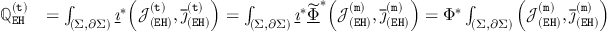
\begin{array} { r l } { \mathbb { Q } _ { \mathtt { E H } } ^ { \mathtt { ( t ) } } } & { = \int _ { ( \Sigma , \partial \Sigma ) } \underline { { \imath } } ^ { * } \Big ( \mathcal { J } _ { \mathtt { ( E H ) } } ^ { \mathtt { ( t ) } } , \overline { { \jmath } } _ { \mathtt { ( E H ) } } ^ { \mathtt { ( t ) } } \Big ) = \int _ { ( \Sigma , \partial \Sigma ) } \underline { { \imath } } ^ { * } \underline { { \widetilde { \Phi } } } ^ { * } \Big ( \mathcal { J } _ { \mathtt { ( E H ) } } ^ { \mathtt { ( m ) } } , \overline { { \jmath } } _ { \mathtt { ( E H ) } } ^ { \mathtt { ( m ) } } \Big ) = \Phi ^ { * } \int _ { ( \Sigma , \partial \Sigma ) } \Big ( \mathcal { J } _ { \mathtt { ( E H ) } } ^ { \mathtt { ( m ) } } , \overline { { \jmath } } _ { \mathtt { ( E H ) } } ^ { \mathtt { ( m ) } } \Big ) } \end{array}